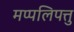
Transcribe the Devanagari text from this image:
मप्पलिपत्तु